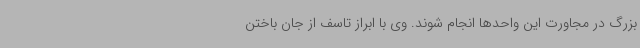
بزرگ در مجاورت این واحدها انجام شوند. وی با ابراز تاسف از جان باختن